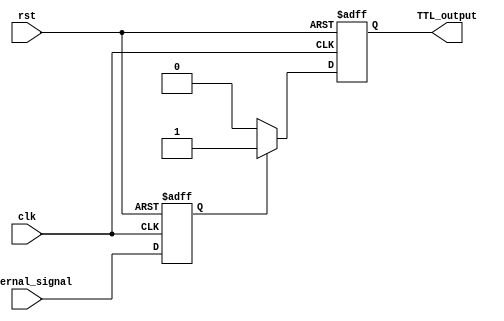
module IO_Block_TTL_buffer(
    input wire clk,
    input wire rst,
    input wire internal_signal,
    output reg TTL_output
);

reg internal_signal_reg;
reg [7:0] TTL_output_reg;

// Synchronization registers
always @(posedge clk or posedge rst) begin
    if (rst) begin
        internal_signal_reg <= 1'b0;
    end else begin
        internal_signal_reg <= internal_signal;
    end
end

// Level shifting and signal conditioning logic
always @(*) begin
    if (internal_signal_reg) begin
        TTL_output_reg <= 8'b11111111; // TTL high level
    end else begin
        TTL_output_reg <= 8'b00000000; // TTL low level
    end
end

// Output TTL signal
always @(posedge clk or posedge rst) begin
    if (rst) begin
        TTL_output <= 1'b0;
    end else begin
        TTL_output <= TTL_output_reg[0];
    end
end

endmodule